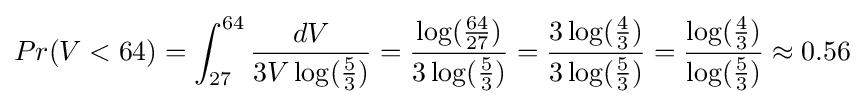
Pr(V<64)=\int _{27}^{64}{dV \over 3V\log({5 \over 3})}={\log({64 \over 27}) \over 3\log({5 \over 3})}={3\log({4 \over 3}) \over 3\log({5 \over 3})}={\log({4 \over 3}) \over \log({5 \over 3})}\approx 0.56